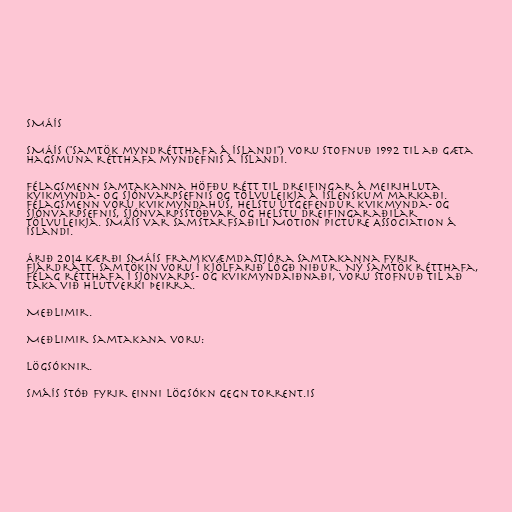
SMÁÍS

SMÁÍS ("Samtök myndrétthafa á Íslandi") voru stofnuð 1992 til að gæta
hagsmuna rétthafa myndefnis á Íslandi.

Félagsmenn samtakanna höfðu rétt til dreifingar á meirihluta
kvikmynda- og sjónvarpsefnis og tölvuleikja á íslenskum markaði.
Félagsmenn voru kvikmyndahús, helstu útgefendur kvikmynda- og
sjónvarpsefnis, sjónvarpsstöðvar og helstu dreifingaraðilar
tölvuleikja. SMÁÍS var samstarfsaðili Motion Picture Association á
Íslandi.

Árið 2014 kærði SMÁÍS framkvæmdastjóra samtakanna fyrir
fjárdrátt. Samtökin voru í kjölfarið lögð niður. Ný samtök rétthafa,
Félag rétthafa í sjónvarps- og kvikmyndaiðnaði, voru stofnuð til að
taka við hlutverki þeirra.

Meðlimir.

Meðlimir samtakana voru:

Lögsóknir.

Smáís stóð fyrir einni lögsókn gegn Torrent.is